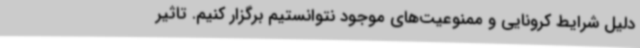
دلیل شرایط کرونایی و ممنوعیت‌های موجود نتوانستیم برگزار کنیم. تاثیر